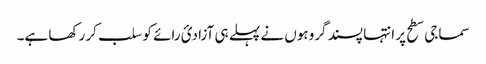
سماجی سطح پر انتہا پسند گروہوں نے پہلے ہی آزادیٔ رائے کو سلب کر رکھا ہے۔